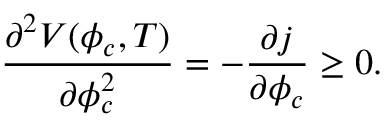
{ \frac { \partial ^ { 2 } V ( \phi _ { c } , T ) } { \partial \phi _ { c } ^ { 2 } } } = - { \frac { \partial j } { \partial \phi _ { c } } } \ge 0 .